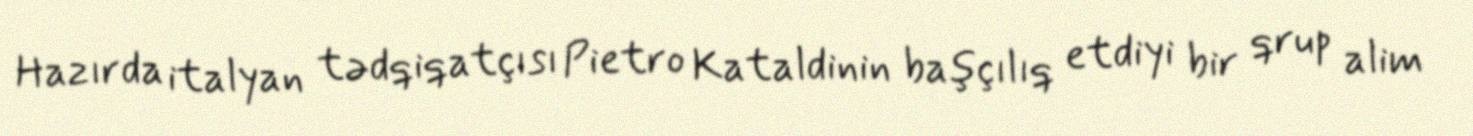
Hazırda italyan tədqiqatçısı Pietro Kataldinin başçılıq etdiyi bir qrup alim